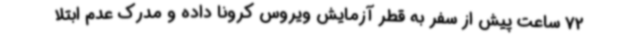
72 ساعت پیش از سفر به قطر آزمایش ویروس کرونا داده و مدرک عدم ابتلا